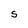
Character: S